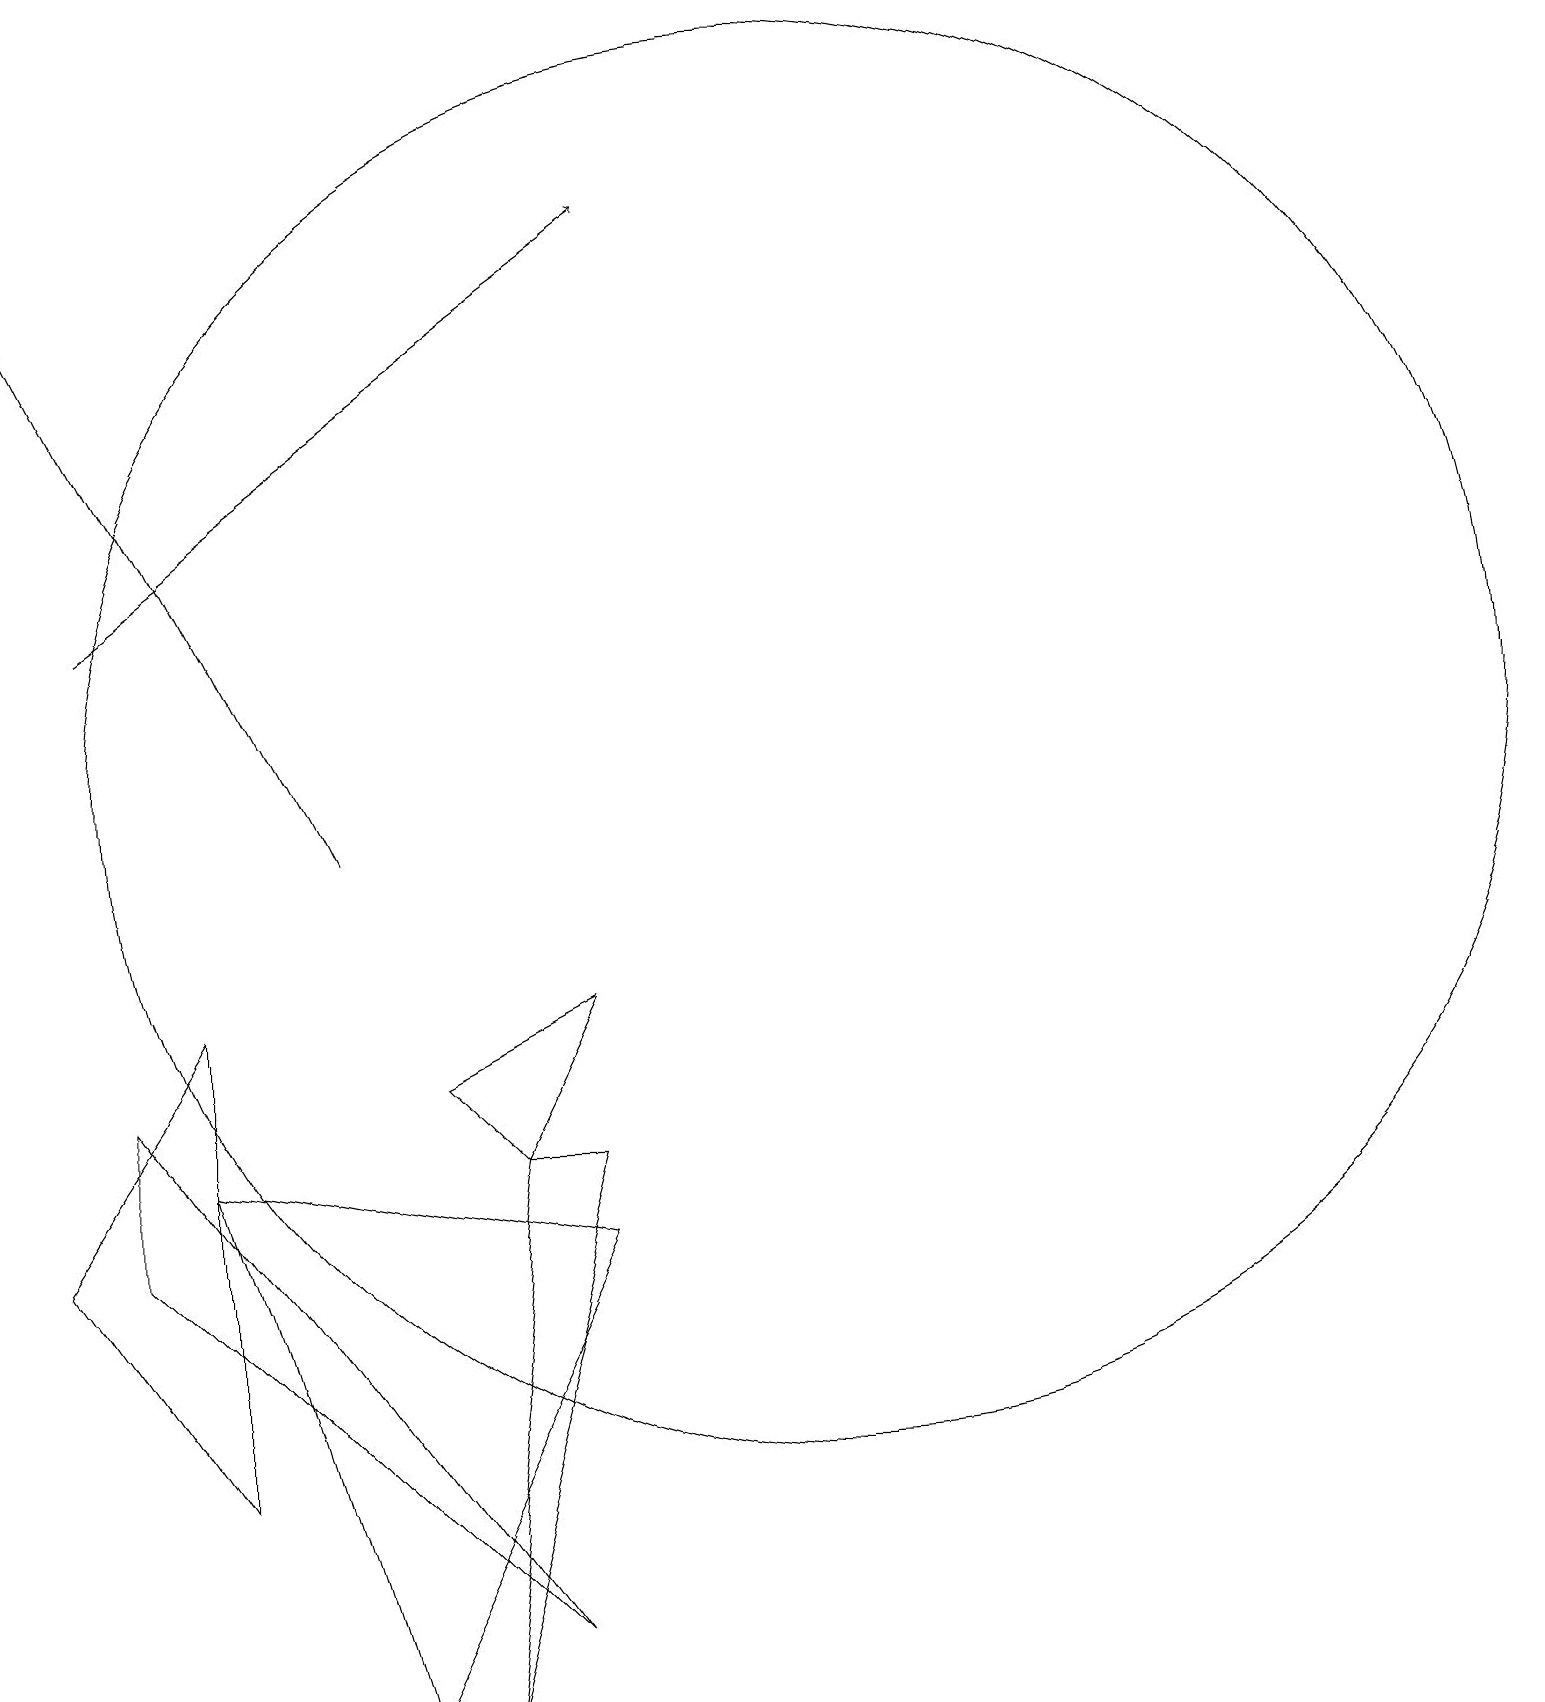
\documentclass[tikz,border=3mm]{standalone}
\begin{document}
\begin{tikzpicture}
\draw (3,9) -- (1,6) -- (3,3) -- cycle;
\draw (6,0) -- (8,7) -- (7,7) -- cycle;
\draw[->] (5,11) -- (1,19);
\draw (8,9) -- (6,8) -- (7,7) -- cycle;
\draw (5,0) -- (3,7) -- (8,6) -- cycle;
\draw (11,12) circle (9);
\draw (2,6) -- (2,8) -- (7,1) -- cycle;
\draw[->] (2,14) -- (9,19);
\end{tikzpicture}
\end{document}